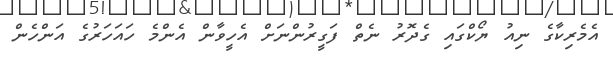
އެމެރިކާގެ ނިއު ޔޯކްގައި ގެދޮރު ނެތް ފަގީރުންނަށް އެހީވާން އެންމެ ހައަހަރުގެ އަންހެން